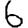
Digit: 6